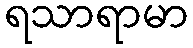
ရသာရာမာ